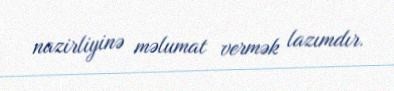
nazirliyinə məlumat vermək lazımdır.